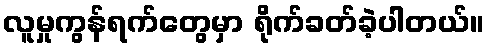
လူမှုကွန်ရက်တွေမှာ ရိုက်ခတ်ခဲ့ပါတယ်။